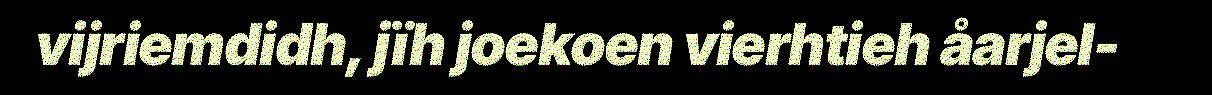
vijriemdidh, jïh joekoen vierhtieh åarjel-